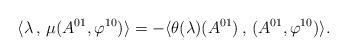
LaTeX: \begin{align*}\langle \lambda\,,\,\mu(A^{01},\varphi^{10})\rangle=-\langle \theta(\lambda)(A^{01})\,,\,(A^{01},\varphi^{10})\rangle.\end{align*}